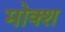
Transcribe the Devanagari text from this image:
मोक्श